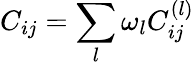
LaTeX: C_{ij}=\sum_{l}\omega_{l}C_{ij}^{(l)}